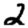
Digit: 2